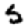
Digit: 5